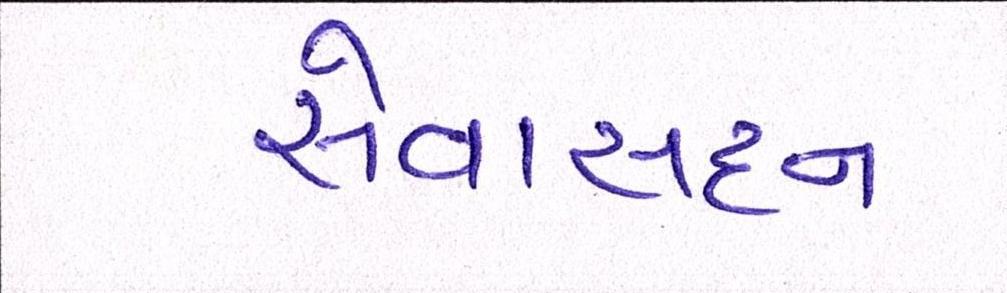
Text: સેવાસદન